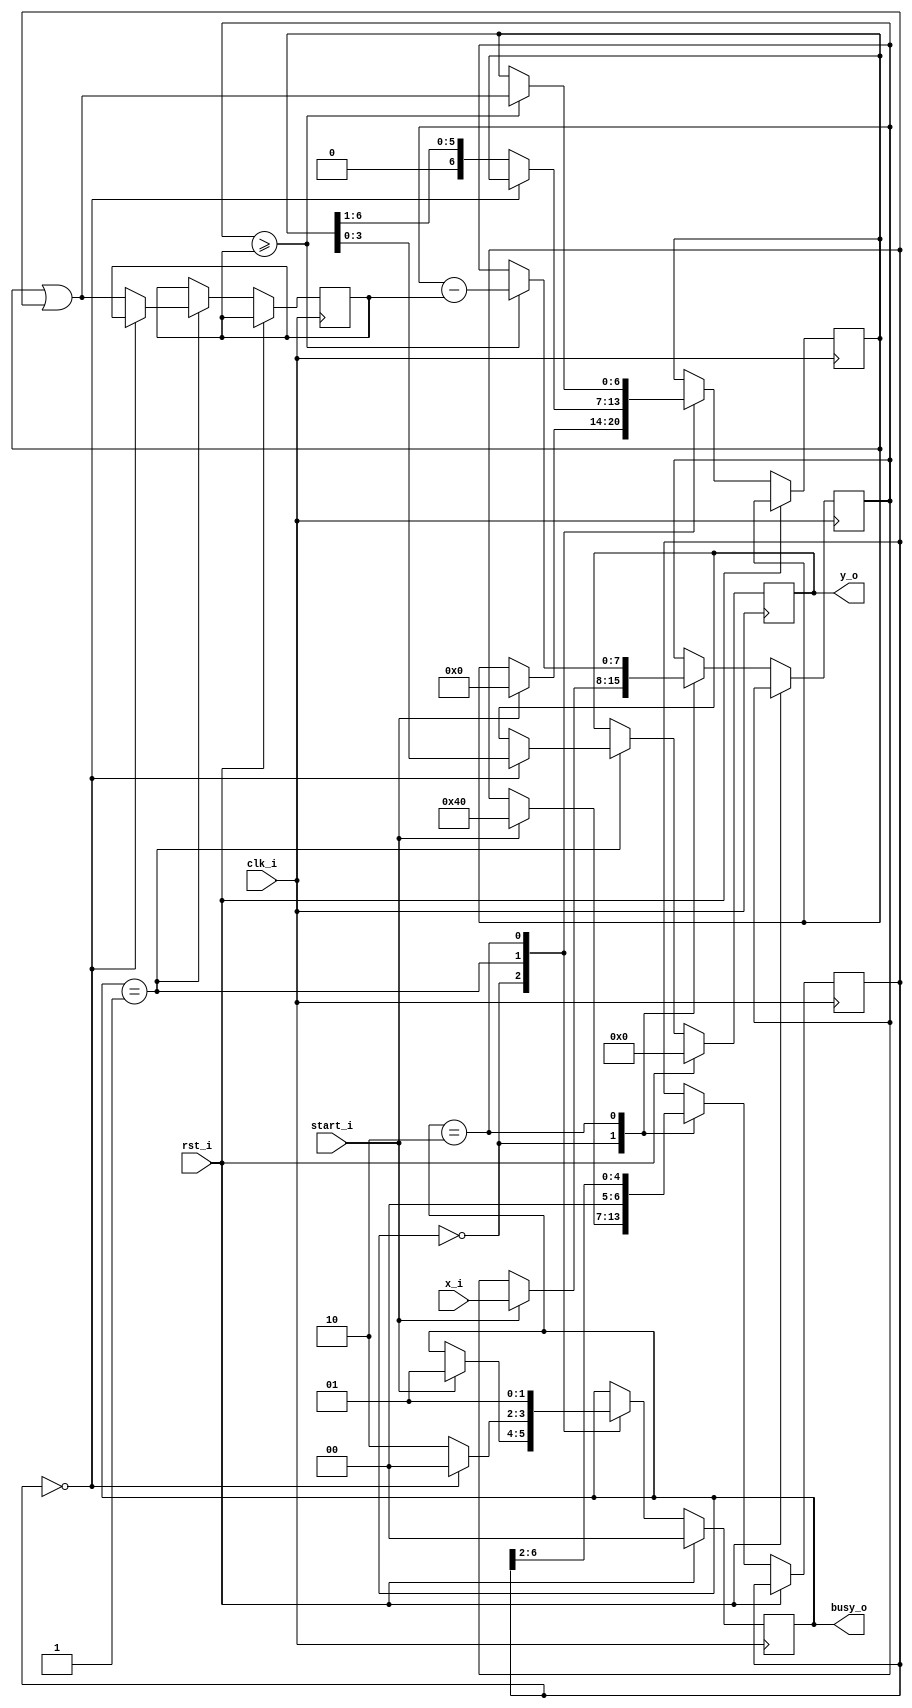
`timescale 1ns / 1ps
  
module sqrt(
  input clk_i,
  input rst_i,
  input start_i,
  input [7:0] x_i,
  output [1:0] busy_o,
  output reg [3:0] y_o 
);
    localparam IDLE = 2'b00, Y_WORK = 2'b01, X_WORK = 2'b10;
    reg [6:0] m,y,b;
    reg [7:0] x;
    wire x_above_b,end_step;
    reg [1:0] state;
  
    assign busy_o=state;
    assign x_above_b=(x>=b);
    assign end_step=(m==0);
  
    always @(posedge clk_i)
        if (rst_i) begin
            y_o <= 0;
            state <= IDLE;
        end else begin
        case (state)
            IDLE:
                if (start_i) begin
				    x <= x_i;
				    m <= 7'b1000000;
				    y <= 0;
				    state <= Y_WORK;
			    end
            Y_WORK:
                if (!end_step) begin
				    b <= y|m;
				    y <= y>>1;
				    state <= X_WORK;
			    end else begin
				    y_o <= y;
				    state <= IDLE;
			    end
		     X_WORK: begin
			    if (x_above_b) begin
					x <= x-b;
					y <= y|m;
				end
				m <= m>>2;
				state <= Y_WORK;
			end
	  endcase
    end   
endmodule